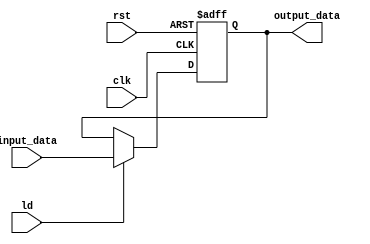
module Register (
    clk,
    rst,
    ld,
    input_data,

    output_data,
);
    parameter size = 3;

    input clk, rst;
    input ld;
    input [size-1:0] input_data;

    output reg [size-1:0] output_data;

    always @(posedge clk, posedge rst) begin
        if(rst) begin
            output_data = {size{1'b0}};
        end

        else if (ld) begin
            output_data = input_data;
        end
        
    end

endmodule